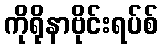
ကိုရိုနာဗိုင်းရပ်စ်